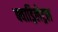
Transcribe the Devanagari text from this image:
क्वाड्रिलेट्रल